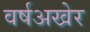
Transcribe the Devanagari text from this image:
वर्षअखेर